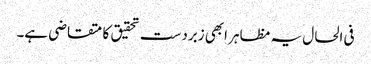
فی الحال یہ مظاہر ابھی زبردست تحقیق کا متقاضی ہے۔